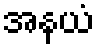
အနယံ